画像に写った文字を読んでください
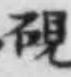
「硯」と書いてあります